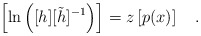
\begin{align*}\left[ \ln \left( [h][\tilde{h}]^{-1} \right) \right] =z\left[ p(x) \right] ~~~.\end{align*}